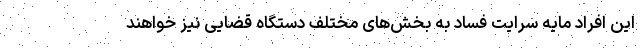
این افراد مایه سرایت فساد به بخش‌های مختلف دستگاه قضایی نیز خواهند